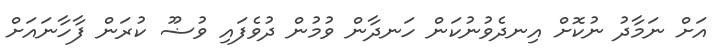
އަށް ނަމާދު ނުކޮށް އިނދެވުނުކަން ހަނދާން ވުމުން ދުވެފައި ވުޟޫ ކުރަން ފާހާނައަށް